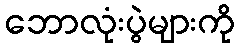
ဘောလုံးပွဲများကို